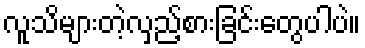
လူသိများတဲ့လှည့်စားခြင်းတွေပါပဲ။